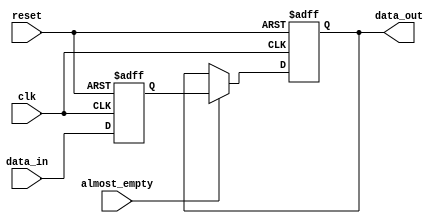
module timing_control_and_sync (
    input clk,
    input reset,
    input data_in,
    input almost_empty,
    output reg data_out
);

reg sync_data_in;

always @(posedge clk or posedge reset) begin
    if (reset) begin
        sync_data_in <= 1'b0;
    end else begin
        sync_data_in <= data_in;
    end
end

always @(posedge clk or posedge reset) begin
    if (reset) begin
        data_out <= 1'b0;
    end else begin
        if (almost_empty) begin
            data_out <= sync_data_in;
        end
    end
end

endmodule